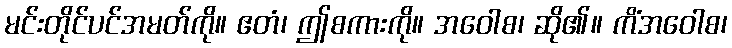
မင်းတိုင်ပင်အမတ်ကို။ ဧတံ၊ ဤစကားကို။ အဝေါစ၊ ဆို၏။ ကိံအဝေါစ၊